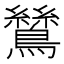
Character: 鷥